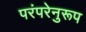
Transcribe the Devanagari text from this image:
परंपरेनुरूप